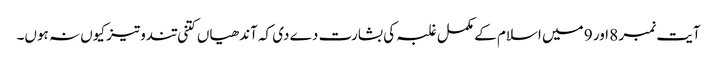
آیت نمبر 8 اور 9 میں اسلام کے مکمل غلبہ کی بشارت دے دی کہ آندھیاں کتنی تندوتیز کیوں نہ ہوں۔